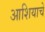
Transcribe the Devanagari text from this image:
आशियाचे